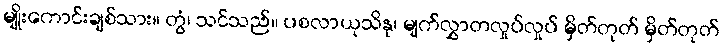
မျိုးကောင်းချစ်သား။ တွံ၊ သင်သည်။ ပစလာယုသိနု၊ မျက်လွှာတလှုပ်လှုပ် မှိတ်တုတ် မှိတ်တုတ်